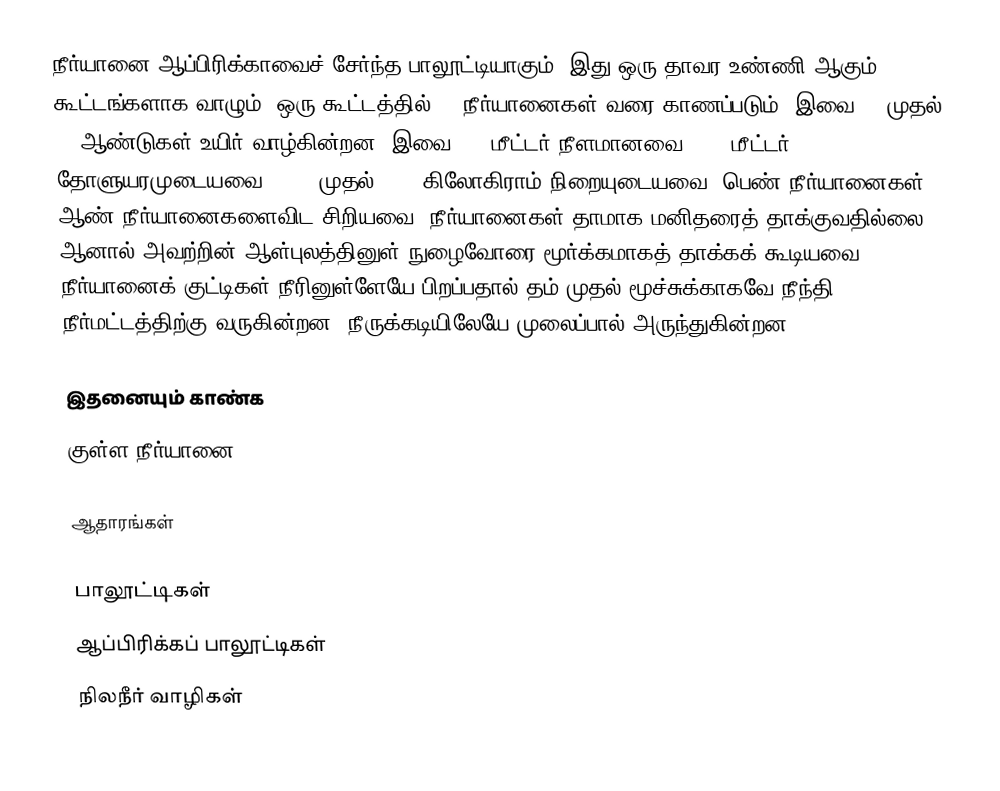
நீர்யானை ஆப்பிரிக்காவைச் சேர்ந்த பாலூட்டியாகும். இது ஒரு தாவர உண்ணி ஆகும். கூட்டங்களாக வாழும். ஒரு கூட்டத்தில் 40 நீர்யானைகள் வரை காணப்படும். இவை 40 முதல் 50 ஆண்டுகள் உயிர் வாழ்கின்றன. இவை 3.5 மீட்டர் நீளமானவை; 1.5 மீட்டர் தோளுயரமுடையவை; 1500 முதல் 3200 கிலோகிராம் நிறையுடையவை. பெண் நீர்யானைகள் ஆண் நீர்யானைகளைவிட சிறியவை. நீர்யானைகள் தாமாக மனிதரைத் தாக்குவதில்லை. ஆனால் அவற்றின் ஆள்புலத்தினுள் நுழைவோரை மூர்க்கமாகத் தாக்கக் கூடியவை. நீர்யானைக் குட்டிகள் நீரினுள்ளேயே பிறப்பதால் தம் முதல் மூச்சுக்காகவே நீந்தி நீர்மட்டத்திற்கு வருகின்றன. நீருக்கடியிலேயே முலைப்பால் அருந்துகின்றன.

இதனையும் காண்க
 குள்ள நீர்யானை

ஆதாரங்கள்

பாலூட்டிகள்
ஆப்பிரிக்கப் பாலூட்டிகள்
நிலநீர் வாழிகள்